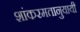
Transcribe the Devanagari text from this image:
शांकरमतानुयायी